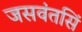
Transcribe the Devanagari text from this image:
जसवंतसिं